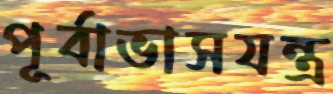
পূর্বাভাসযন্ত্র